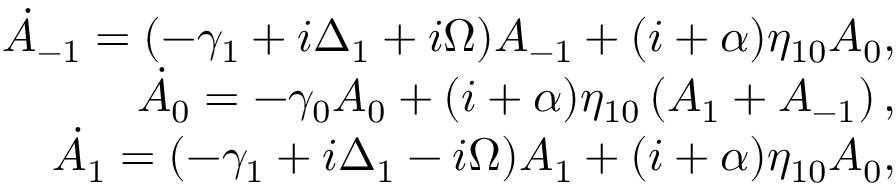
\begin{array} { r l r } & { } & { \dot { A } _ { - 1 } = ( - \gamma _ { 1 } + i \Delta _ { 1 } + i \Omega ) A _ { - 1 } + ( i + \alpha ) \eta _ { 1 0 } A _ { 0 } , \quad } \\ & { } & { \dot { A } _ { 0 } = - \gamma _ { 0 } A _ { 0 } + ( i + \alpha ) \eta _ { 1 0 } \left( A _ { 1 } + A _ { - 1 } \right) , \quad } \\ & { } & { \dot { A } _ { 1 } = ( - \gamma _ { 1 } + i \Delta _ { 1 } - i \Omega ) A _ { 1 } + ( i + \alpha ) \eta _ { 1 0 } A _ { 0 } , \quad } \end{array}